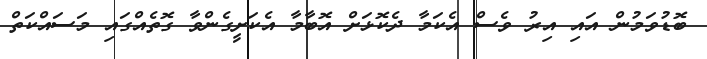
ބޮޑުވަމުން އައި އިރު ވެސް އެކަމާ ދެކޮޅަށް އޮބާމާ އެކަށީގެންވާ ގޮތެއްގައި މަސައްކަތް